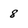
Character: 8